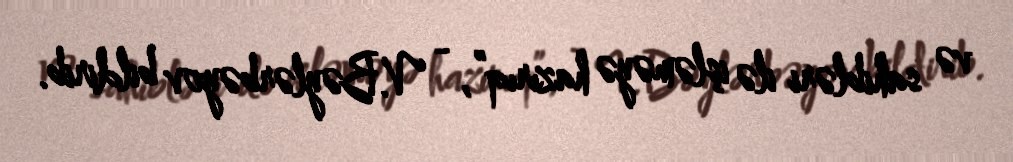
və sahibləri ilə işləməyə hazırıq”, - V.Bəylərbəyov bildirib.